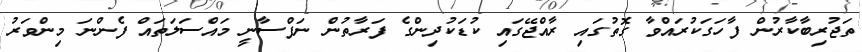
ތަޖުރިބާކާރުން ފާހަގަކުރައްވާ ގޮތުގައި ރާއްޖޭގައި ކުޑަކުދިންގެ ފަރާތުން ނަފްސާނީ މައްސަލަތައް ފެންނަ މިންވަރު